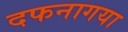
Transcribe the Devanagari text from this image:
दफनागया